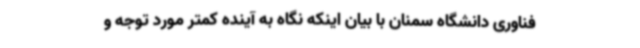
فناوری دانشگاه سمنان با بیان اینکه نگاه به آینده کمتر مورد توجه و